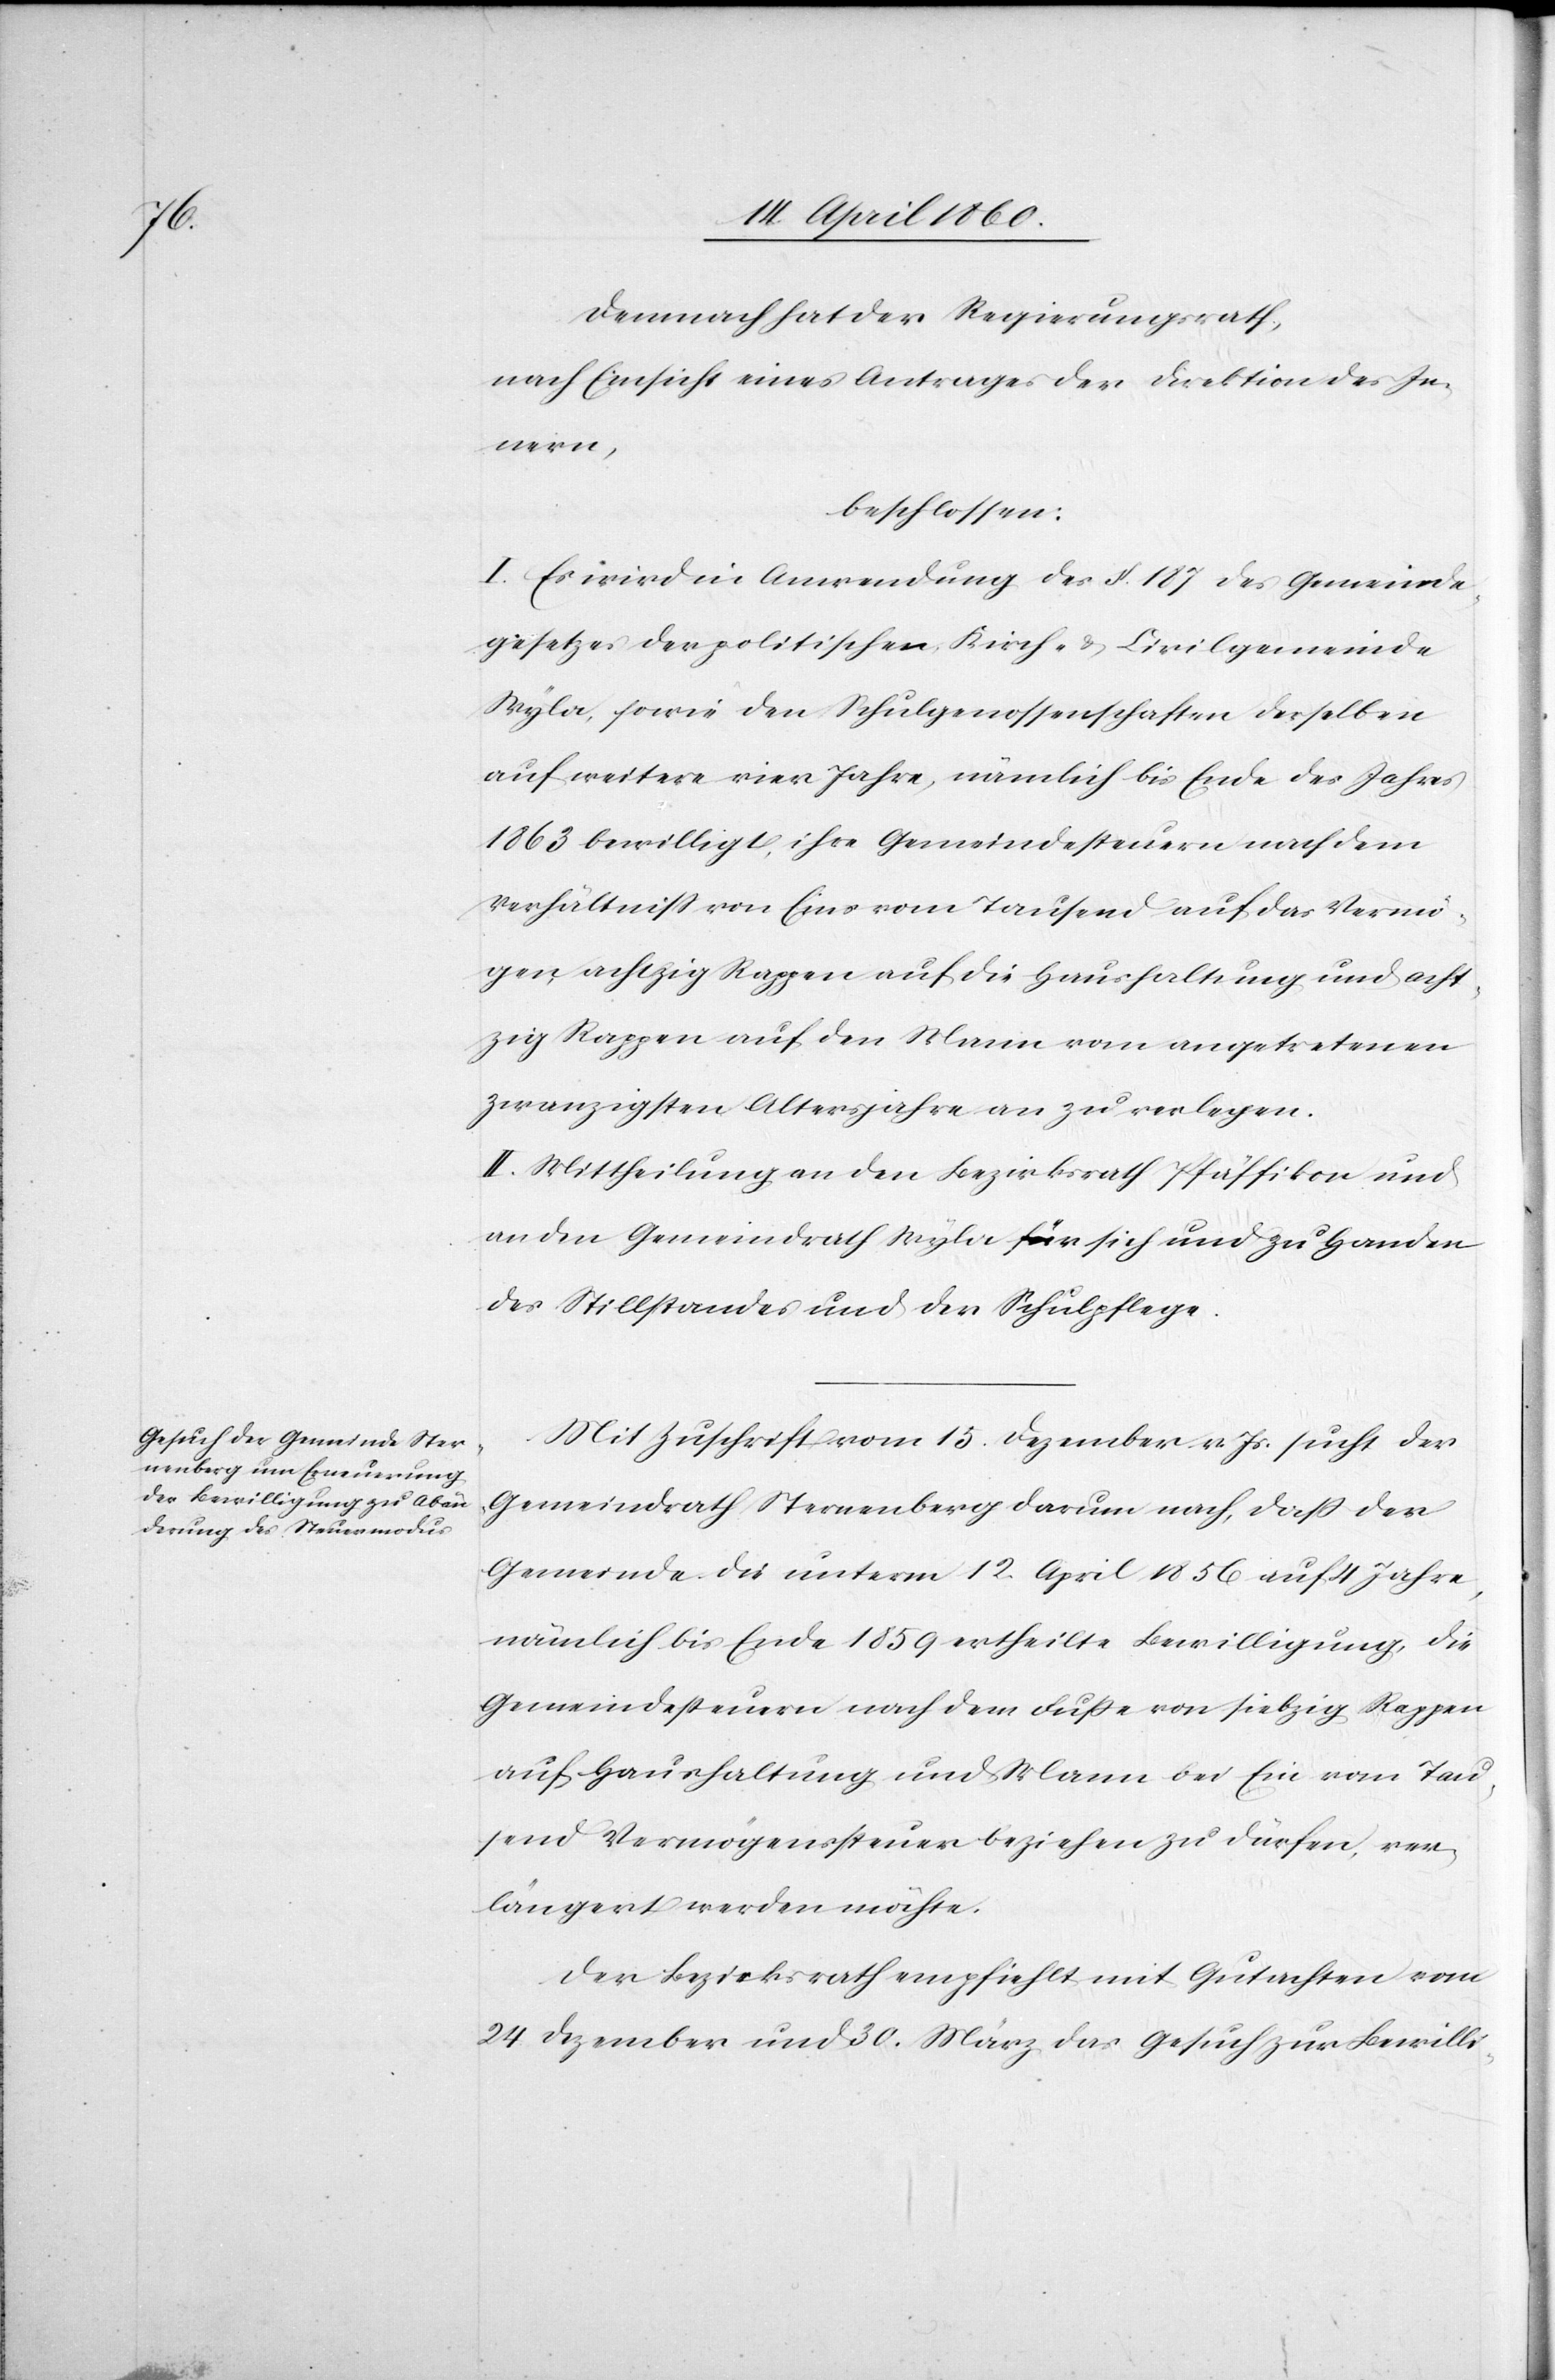
Demnach hat der Regierungsrath,
nach Einsicht eines Antrages der Direktion des In¬
nern,
beschlossen:
I. Es wird in Anwendung des §. 187 des Gemeinde¬
gesetzes der politischen Kirch- u. Civilgemeinde
Wyla, sowie den Schulgenossenschaften derselben
auf weitere vier Jahre, nämlich bis Ende des Jahres
1863 bewilligt, ihre Gemeindesteuern nach dem
Verhältniss von Eins vom Tausend auf das Vermö¬
gen achtzig Rappen auf die Haushaltung und acht¬
zig Rappen auf den Mann vom angetretenen
zwanzigsten Altersjahre an zu verlegen.
II. Mittheilung an den Bezirksrath Pfäffikon und
an den Gemeindrath Wyla für sich und zu Handen
des Stillstandes und der Schulpflege.
Mit Zuschrift vom 15. Dezember v. Js. sucht der
Gemeindrath Sternenberg darum nach, dass der
Gemeinde die unterm 12. April 1856 auf 4 Jahre,
nämlich bis Ende 1859 ertheilte Bewilligung, die
Gemeindesteuern nach dem Fusse von siebzig Rappen
auf Haushaltung und Mann bei Ein vom Tau¬
send Vermögenssteuer beziehen zu dürfen, ver¬
längert werden möchte.
Der Bezirksrath empfiehlt mit Gutachten vom
24. Dezember und 30. März das Gesuch zur Bewilli-